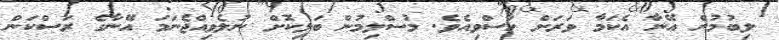
ލިބުމުން އޭނާ އެކަމާ ވަރަށް ހާސްވިއެވެ. މުސްލިމުން ބަލިކޮށް ނުލެވިއްޖެނަމަ އޭނާގެ ރަސްކަން